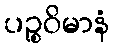
ပဉ္စဝိမာနံ